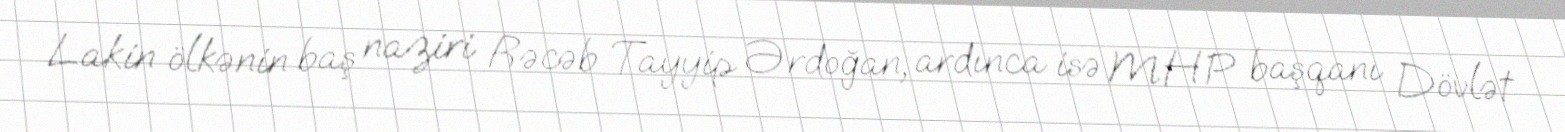
Lakin ölkənin baş naziri Rəcəb Tayyip Ərdoğan, ardınca isə MHP başqanı Dövlət